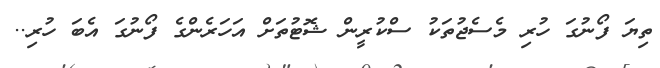
ތިޔަ ފޯނުގަ ހުރި މެސެޖުތަކު ސްކުރީން ޝޮޓުތަށް އަހަރެންގެ ފޯނުގަ އެބަ ހުރި..